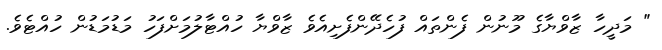
" މަދީހާ ޒާވްޔާގެ މޫނުން ފެންތައް ފުހެދޭންފެށިއެވެ ޒާވްޔާ ހުއްޓާލުމަށްފަހު މަޑުމަޑުން ހުއްޓެވެ.